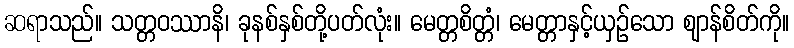
ဆရာသည်။ သတ္တဝဿာနိ၊ ခုနစ်နှစ်တို့ပတ်လုံး။ မေတ္တစိတ္တံ၊ မေတ္တာနှင့်ယှဉ်သော ဈာန်စိတ်ကို။